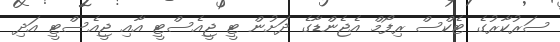
ސަރުކާރުގެ ޓެކްސް ރިފޯމް އެޖެންޑާގެ ދަށުން ޓީ ޖީއެސްޓީ އާއި ޖީއެސްޓީ އަދި